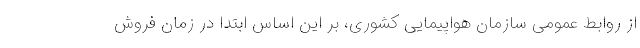
از روابط عمومی سازمان هواپیمایی کشوری، بر این اساس ابتدا در زمان فروش